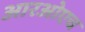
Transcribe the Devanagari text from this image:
आरओएच